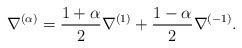
LaTeX: \begin{align*}\nabla^{(\alpha)} = \frac{1+\alpha}{2} \nabla^{(1)} + \frac{1-\alpha}{2} \nabla^{(-1)}.\end{align*}